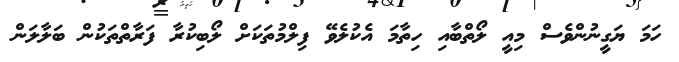
ހަމަ ޔަގީނުންވެސް މިއީ ލޯތްބާއި ހިތާމަ އެކުލެވޭ ފިލްމުތަކަށް ލޯބިކުރާ ފަރާތްތަކުން ބަލާލަން